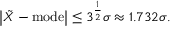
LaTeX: \left| { \tilde { X } } - \mathrm { m o d e } \right| \leq 3 ^ { \frac { 1 } { 2 } } \sigma \approx 1 . 7 3 2 \sigma .